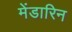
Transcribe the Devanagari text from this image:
मेंडारिन